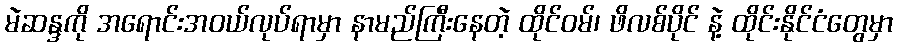
မဲဆန္ဒကို အရောင်းအဝယ်လုပ်ရာမှာ နာမည်ကြီးနေတဲ့ ထိုင်ဝမ်၊ ဖိလစ်ပိုင် နဲ့ ထိုင်းနိုင်ငံတွေမှာ